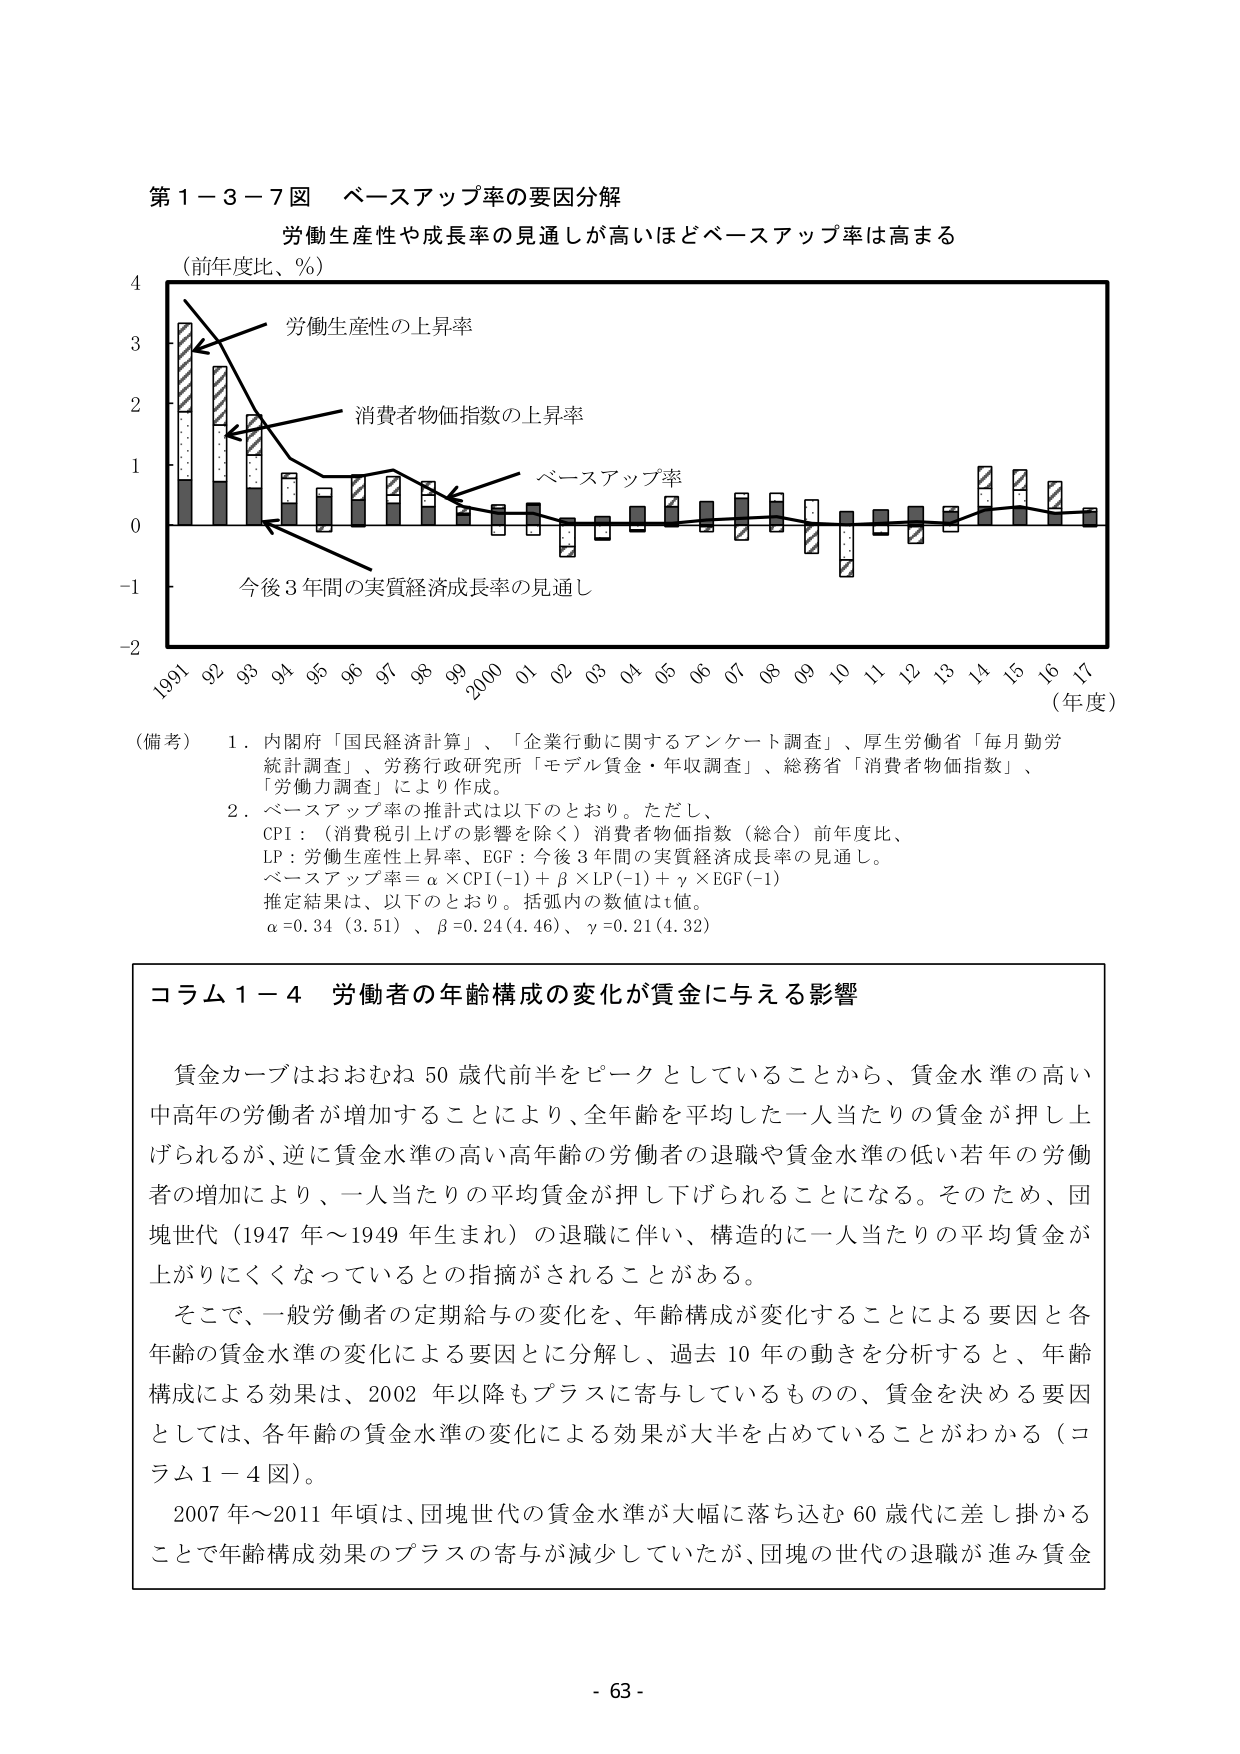
第１－３－７図 ベースアップ率の要因分解
労働生産性や成長率の見通しが高いほどベースアップ率は高まる
（前年度比、％）
4
3
2
1
0
-1
-2
1991 92 93 94 95 96 97 98 99 2000 01 02 03 04 05 06 07 08 09 10 11 12 13 14 15 16 17
（年度）
労働生産性の上昇率
消費者物価指数の上昇率
ベースアップ率
今後３年間の実質経済成長率の見通し
（備考） 1．内閣府「国民経済計算」、「企業行動に関するアンケート調査」、厚生労働省「毎月勤労統計調査」、労務行政研究所「モデル賃金・年収調査」、総務省「消費者物価指数」、「労働力調査」により作成。
2．ベースアップ率の推計式は以下のとおり。ただし、
CPI：（消費税引上げの影響を除く）消費者物価指数（総合）前年度比、
LP：労働生産性上昇率、EGF：今後３年間の実質経済成長率の見通し。
ベースアップ率＝α×CPI(-1)＋β×LP(-1)＋γ×EGF(-1)
推定結果は、以下のとおり。括弧内の数値はt値。
α=0.34（3.51）、β=0.24(4.46)、γ=0.21(4.32)

コラム１－４ 労働者の年齢構成の変化が賃金に与える影響
賃金カーブはおおむね50歳代前半をピークとしていることから、賃金水準の高い中高年の労働者が増加することにより、全年齢を平均した一人当たりの賃金が押し上げられるが、逆に賃金水準の高い高年齢の労働者の退職や賃金水準の低い若年の労働者の増加により、一人当たりの平均賃金が押し下げられることになる。そのため、団塊世代（1947年～1949年生まれ）の退職に伴い、構造的に一人当たりの平均賃金が上がりにくくなっているとの指摘がされることがある。
そこで、一般労働者の定期給与の変化を、年齢構成が変化することによる要因と各年齢の賃金水準の変化による要因とに分解し、過去10年の動きを分析すると、年齢構成による効果は、2002年以降もプラスに寄与しているものの、賃金を決める要因としては、各年齢の賃金水準の変化による効果が大半を占めていることがわかる（コラム１－４図）。
2007年～2011年頃は、団塊世代の賃金水準が大幅に落ち込む60歳代に差し掛かることで年齢構成効果のプラスの寄与が減少していたが、団塊の世代の退職が進み賃金

- 63 -